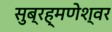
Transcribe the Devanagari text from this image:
सुब्रह्मणेश्वर